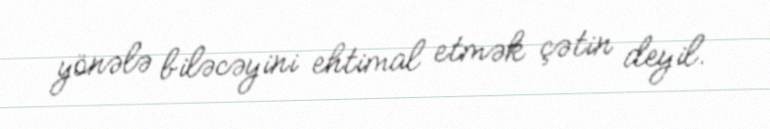
yönələ biləcəyini ehtimal etmək çətin deyil.